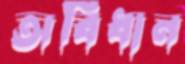
অবিধান